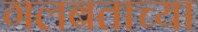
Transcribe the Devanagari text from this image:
गलबताच्या